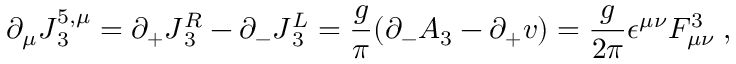
\partial _ { \mu } J { ^ { 5 , \mu } _ { 3 } } = \partial _ { + } J { _ 3 ^ { R } } - \partial _ { - } J { _ 3 ^ { L } } = { \frac { g } { \pi } } ( \partial _ { - } A _ { 3 } - \partial _ { + } v ) = { \frac { g } { 2 \pi } } \epsilon ^ { \mu \nu } F _ { \mu \nu } ^ { 3 } \; ,